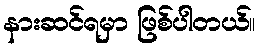
နားဆင်ရမှာ ဖြစ်ပါတယ်။